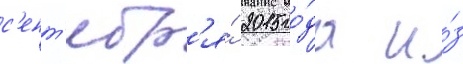
с'ент'ябр'я́ 2015 го́да и́з